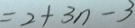
= 2 + 3 n - 3